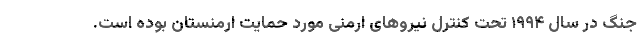
جنگ در سال ۱۹۹۴ تحت کنترل نیروهای ارمنی مورد حمایت ارمنستان بوده است.